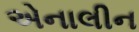
એનાલીન